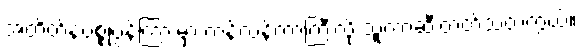
အတိတ်နဲ့ပစ္စုပ္ပန်ကြားမှာ ကန့်လန့်ကာကြီးလို သူကာဆီးတတ်သတဲ့ကွယ်။